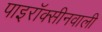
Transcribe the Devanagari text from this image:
पाइरॉक्सीनवाली